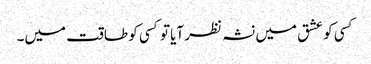
کسی کو عشق میں نشہ نظر آیا تو کسی کو طاقت میں۔